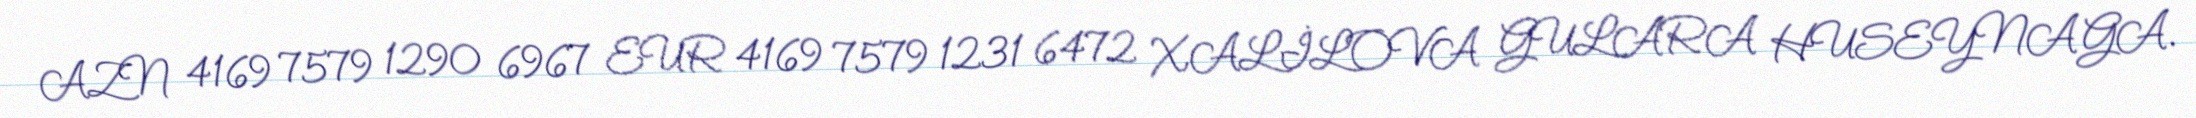
AZN 4169 7579 1290 6967 EUR 4169 7579 1231 6472 XALİLOVA GULARA HUSEYNAGA.